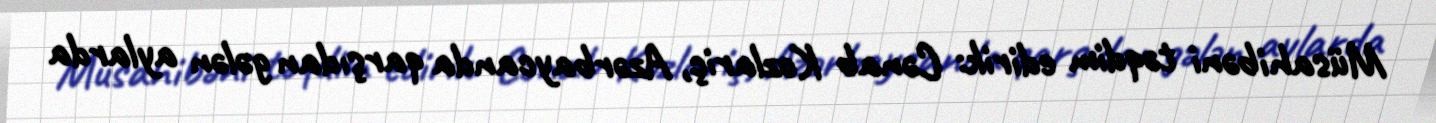
Müsahibəni təqdim edirik: Cənab Kozlariç, Azərbaycanda qarşıdan gələn aylarda